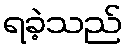
ရခဲ့သည်